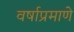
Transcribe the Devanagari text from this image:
वर्षाप्रमाणे